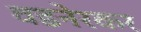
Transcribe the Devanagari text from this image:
वडनेरकर